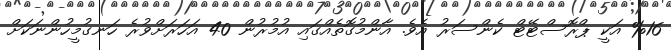
%16 އަކީ ޕްރޮސްޓޭޓް ކެންސަރު އެވެ. އާންމުގޮތެއްގައި އުމުރުން 40 އަހަރަށްވުރެ ހަނގުމީހުންނަކަށް